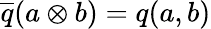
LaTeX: {\overline{{q}}}(a\otimes b)=q(a,b)